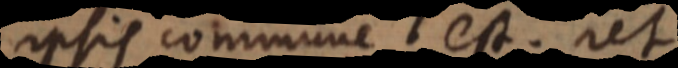
sis commune est. Ut